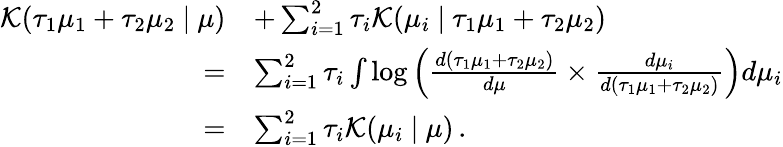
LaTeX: \begin{array}{rl}{\mathcal K(\tau_{1}\mu_{1}+\tau_{2}\mu_{2}\ |\ \mu)}&{+\sum_{i=1}^{2}\tau_{i}\mathcal K(\mu_{i}\ |\ \tau_{1}\mu_{1}+\tau_{2}\mu_{2})}\\ {=}&{\sum_{i=1}^{2}\tau_{i}\int\log\left(\frac{d(\tau_{1}\mu_{1}+\tau_{2}\mu_{2})}{d\mu}\times\frac{d\mu_{i}}{d(\tau_{1}\mu_{1}+\tau_{2}\mu_{2})}\right)d\mu_{i}}\\ {=}&{\sum_{i=1}^{2}\tau_{i}\mathcal K(\mu_{i}\ |\ \mu)\, .}\end{array}